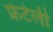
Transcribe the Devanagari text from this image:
फ्रेटेली